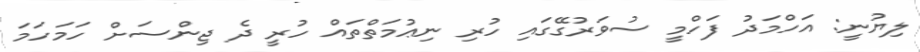
ލިޔުނީ: އަހްމަދު ފަހްމީ ސުވަރުގޭގައި ހުރި ނިޢުމަތްތައް ހުރީ ދެ ޖިންސަށް ހަމަހަމަ